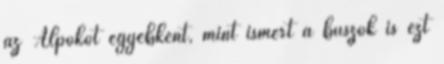
az Alpokot egyébként, mint ismert a buszok is ezt